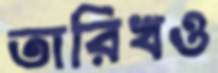
তারিখও